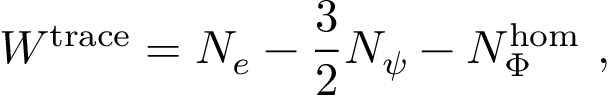
W ^ { \mathrm { t r a c e } } = { \cal N } _ { e } - \frac 3 2 { \cal N } _ { \psi } - { \cal N } _ { \Phi } ^ { \mathrm { h o m } } \, \, ,